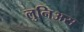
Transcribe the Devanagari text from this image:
लुनिअस